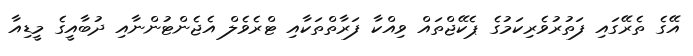
އޭގެ ތެރޭގައި ފަތުރުވެރިކަމުގެ ޕެކޭޖްތައް ވިއްކާ ފަރާތްތަކާއި ޓްރެވެލް އެޖެންޓުންނާއި ދުބާއީގެ މީޑިއާ